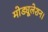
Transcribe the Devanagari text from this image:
मोड्यूलेशन।